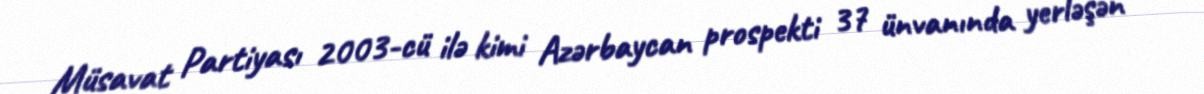
Müsavat Partiyası 2003-cü ilə kimi Azərbaycan prospekti 37 ünvanında yerləşən